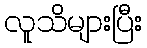
လူသိများပြီး